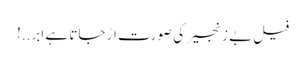
فیلِ بے زنجیر کی صورت اڑ جاتا ہے ابر..!